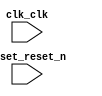
// de0cv.v

// Generated using ACDS version 14.0 200 at 2022.04.16.21:09:15

`timescale 1 ps / 1 ps
module de0cv (
		input  wire  clk_clk,       //   clk.clk
		input  wire  reset_reset_n  // reset.reset_n
	);

endmodule